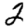
Digit: 2